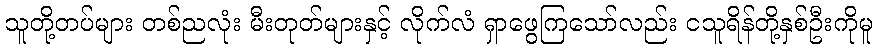
သူတို့တပ်များ တစ်ညလုံး မီးတုတ်များနှင့် လိုက်လံ ရှာဖွေကြသော်လည်း ငသူရိန်တို့နှစ်ဦးကိုမူ